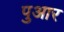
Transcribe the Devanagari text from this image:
पुआर